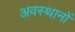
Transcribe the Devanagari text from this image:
अवस्थानों